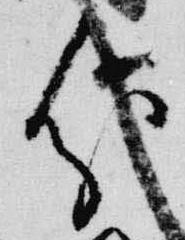
分